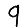
Digit: 9